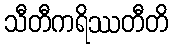
သီတီကရိဿတီတိ